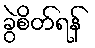
ခွဲစိတ်ရန်